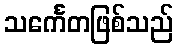
သင်္ကေတဖြစ်သည်